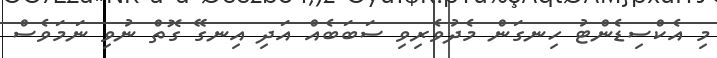
މި އެކްސިޑެންޓު ހިނގަން މެދުވެރިވި ސަބަބެއް އަދި އިނގޭ ގޮތް ނުވި ނަމަވެސް